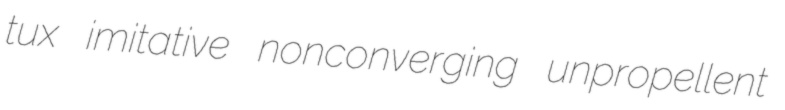
tux imitative nonconverging unpropellent